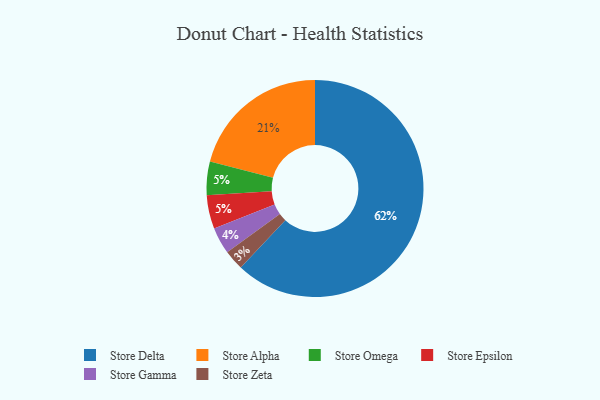
{"axis": {"x": "Category", "y": "Percentage"}, "legend": ["Store Alpha", "Store Delta", "Store Epsilon", "Store Gamma", "Store Omega", "Store Zeta"], "data": [{"x": "Store Gamma", "y": 4, "type": "Store Gamma"}, {"x": "Store Alpha", "y": 21, "type": "Store Alpha"}, {"x": "Store Zeta", "y": 3, "type": "Store Zeta"}, {"x": "Store Omega", "y": 5, "type": "Store Omega"}, {"x": "Store Epsilon", "y": 5, "type": "Store Epsilon"}, {"x": "Store Delta", "y": 62, "type": "Store Delta"}]}